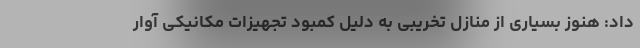
داد: هنوز بسیاری از منازل تخریبی به دلیل کمبود تجهیزات مکانیکی آوار